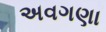
અવગણા